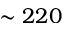
\sim 2 2 0